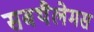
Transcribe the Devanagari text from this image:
सबथैलेमस